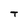
Character: T